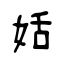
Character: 姡